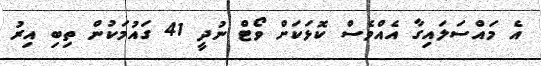
އެ މައްސަލައިގާ އެއްވެސް ކޮޅަކަށް ވޯޓް ނުދީ 41 ގައުމަކުން ތިބި އިރު